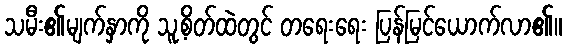
သမီး၏မျက်နှာကို သူ့စိတ်ထဲတွင် တရေးရေး ပြန်မြင်ယောက်လာ၏။